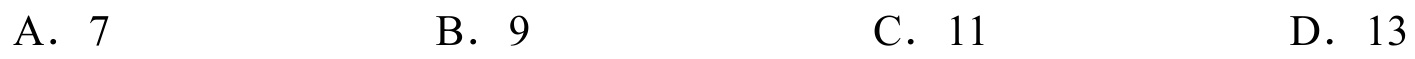
A． \(7\)  \hspace{2em} B． \(9\)  \hspace{2em} C． \(11\)  \hspace{2em} D． \(13\)